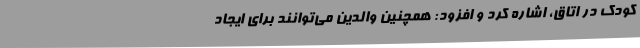
کودک در اتاق، اشاره کرد و افزود: همچنین والدین می‌توانند برای ایجاد